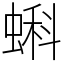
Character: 蝌